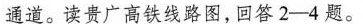
通道。读贵广高铁线路图，回答2-4题。